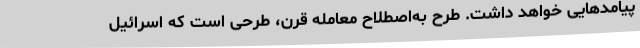
پیامدهایی خواهد داشت. طرح به‌اصطلاح معامله قرن، طرحی است که اسرائیل